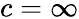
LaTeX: c=\infty